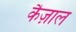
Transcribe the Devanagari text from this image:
कैज़ाल